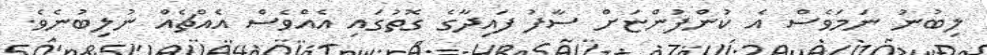
ލިބުނު ނަމަވެސް އެ ކުންފުންޏަށް ސާފު ފައިދާގެ ގޮތުގައި އެއްވެސް އެއްޗެއް ނުލިބުނެވެ.